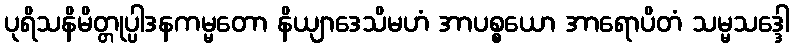
ပုရိသနိမိတ္တုပ္ပါဒနကမ္မတော နိယျာဒေသိမဟံ အာပစ္စယော အာရောပိတံ သမ္မသဒ္ဒေါ